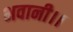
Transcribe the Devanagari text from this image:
भवानी।।